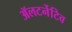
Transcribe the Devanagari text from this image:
ॲलटर्नेटिव